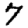
Digit: 7